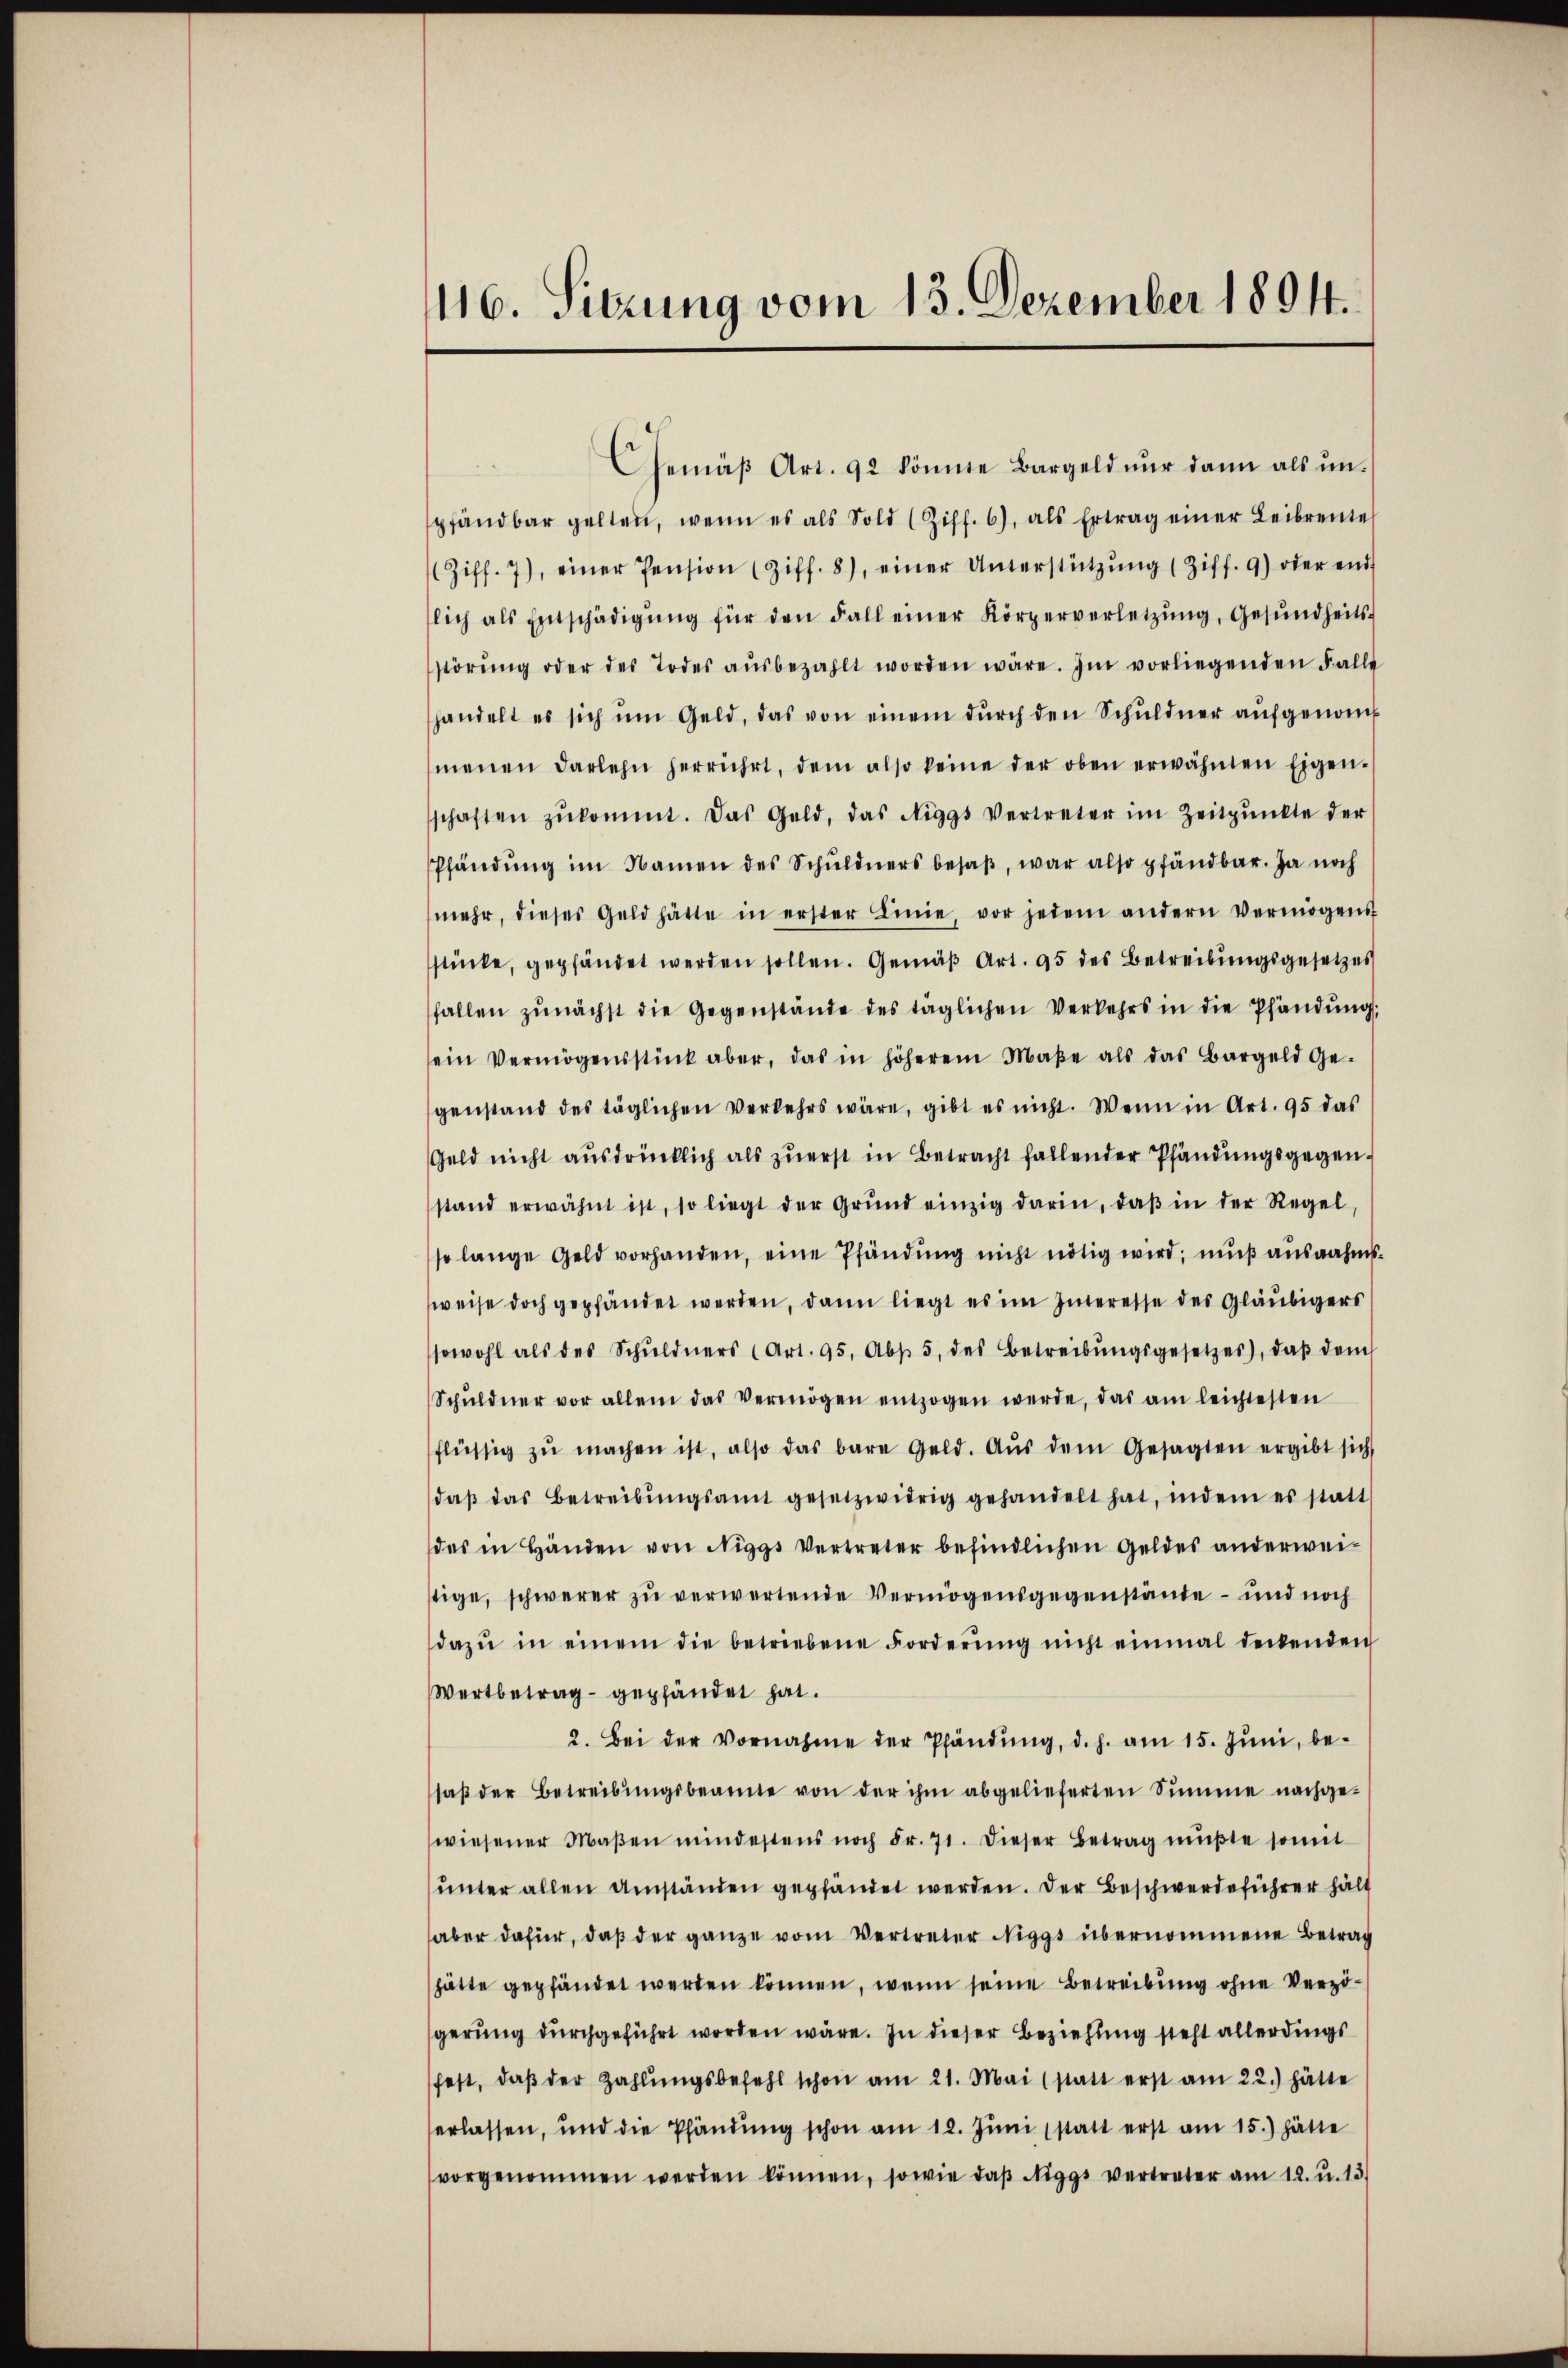
116. Sitzung vom 13. Dezember 1894.

Gemäβ Art. 92 könnte Bargeld nŭr dann als ŭn-
pfandbar gelten, wenn es als Sold (Ziff. 6), als Ertrag einer Leibrente
Ziff. 7), einer Pension (Ziff. 8), einer Unterstützŭng (Ziff. 9) oder end
lich als Entschädigŭng für den Fall einer Körperverletzŭng, Gesŭndheits-
störŭng oder des Todes aŭsbezahlt worden wäre. Im vorliegenden Falle
handelt es sich ŭm Geld, das von einem dŭrch den Schŭldner aŭfgenom
menen Darlehn herrührt, dem also keine der oben erwähnten Eigen-
schaften zŭkommt. Das Geld, das Niggs Vertreter im Zeitpŭnkte der
Pfändung im Namen des Schŭldners besaβ, war also pfändbar. Ja noch
mehr, dieses Geld hätte in erster Linie, vor jedem andern vermögens
stücke, gepfändet werden sollen. Gemäß Art. 95 des Betreibungsgesetzes
fallen zŭnächst die Gegenstände des täglichen Verkehrs in die Pfändŭng,
ein Vermögensstück aber, das in höherem Maβe als das Bargeld ge-
genstand des täglichen Verkehrs wäre, gibt es nicht. Wenn in Art. 95 das
Geld nicht aŭsdrücklich als zŭerst in Betracht fallender Pfändungsgegen.
stand erwähnt ist, so liegt der Grŭnd einzig darin, daβ in der Regel,
so lange Geld vorhanden, eine Pfändung nicht nötig wird; mŭβ ausnahms
weise doch gepfändet werden, dann liegt es im Interesse des Gläubigers
sowohl als des Schŭldners (Art. 95. Abs. 5 des Betreibŭngsgesetzes), daβ dem
Schŭldner vor allem das Vermögen entzogen werde, das am leichtesten
flüssig zŭ machen ist, also das bare Geld. Aŭs dem Gesagten ergibt sich
daβ das Betreibŭngsamt gesetzwidrig gehandelt hat, indem es statt
des in Händen von Niggs Vertreter befindlichen Geldes anderwei-
stige, schwerer zŭ verwertende Vermögensgegenstände – und noch
dazŭ in einem die betriebene Forderŭng nicht einmal denkenden
Wertbetrag gepfändet hat.
2. Bei der Vornahme der Pfändŭng, d. h. am 15. Jŭni, be-
saβ der Betreibŭngsbeamte von der ihm abgelieferten Summe nachge-
wiesener Maβen mindestens noch Fr. 71. dieser Betrag mŭβte somit
ŭnter allen Umständen gepfändet werden. Der Beschwerdeführer hält
aber dafür, daβ der ganze vom Vertreter Niggs übernommene Betrag
hätte gepfändet werden können, wenn seine Betreibung ohne Verzögerung durchgeführt worden wäre. In dieser Beziehung steht allerdings
fest, daβ der Zahlŭngsbefehl schon am 21. Mai (statt erst am 22.) hätte
erlassen, und die Pfändung schon am 12. Juni (statt erst am 15.) hätte
vorgenommen werden können, sowie daβ Niggs vertreter am 12. u. 13.